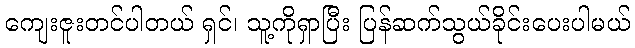
ကျေးဇူးတင်ပါတယ် ရှင်၊ သူ့ကိုရှာပြီး ပြန်ဆက်သွယ်ခိုင်းပေးပါမယ်